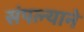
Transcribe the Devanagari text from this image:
संपल्‍याने